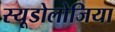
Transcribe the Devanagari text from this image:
स्यूडोलोजिया